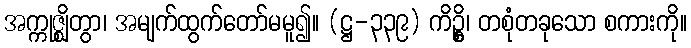
အက္ကုဇ္ဈိတွာ၊ အမျက်ထွက်တော်မမူ၍။ (ဋ္ဌ-၃၃၉) ကိဥ္စိ၊ တစုံတခုသော စကားကို။